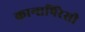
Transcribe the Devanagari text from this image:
कान्सपिरेसी